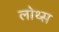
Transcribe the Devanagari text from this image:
लोथ्स